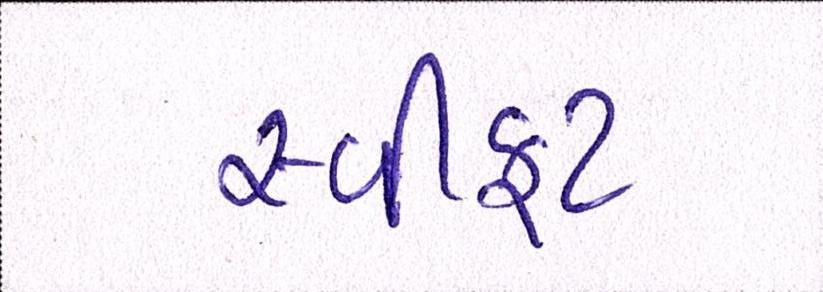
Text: સ્વીફટ